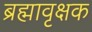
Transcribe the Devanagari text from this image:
ब्रह्मावृक्षक